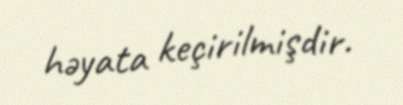
həyata keçirilmişdir.